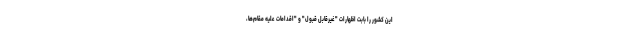
این کشور را بابت اظهارات "غیرقابل قبول" و "اقدامات علیه مقام‌ها،